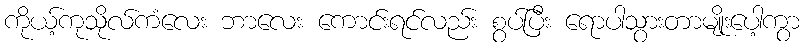
ကိုယ့်ကုသိုလ်ကံလေး ဘာလေး ကောင်းရင်လည်း စွပ်ပြီး ရောပါသွားတာမျိုးပေါ့ကွာ